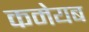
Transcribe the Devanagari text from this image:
कमेयब